Indian journal of veterinary science and animal husbandry - Volume 13,
Year: 1943
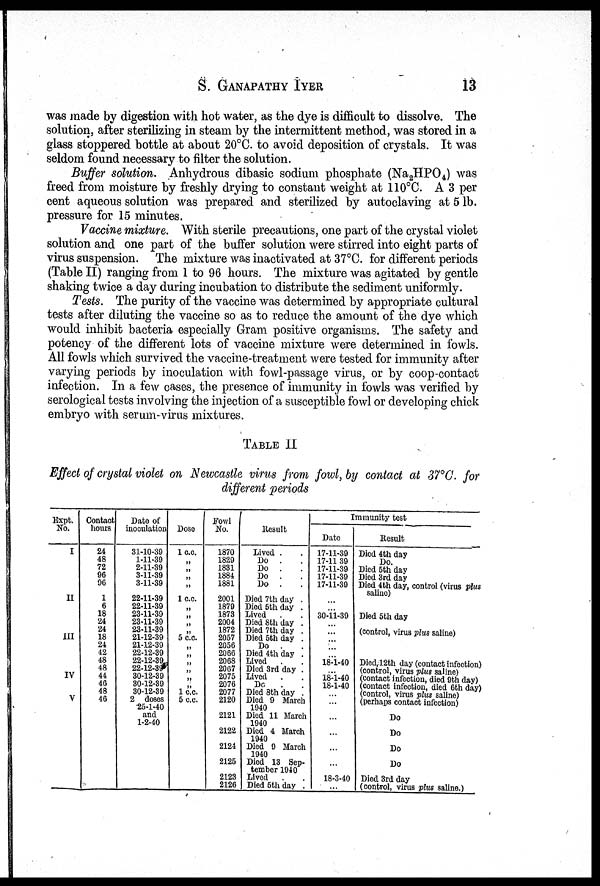
S.
GANAPATHY
IYER
13
was made by digestion with hot water, as the dye is difficult to dissolve. The
solution, after sterilizing in steam by the intermittent method, was stored in a
glass stoppered bottle at about 20°C. to avoid deposition of crystals. It was
seldom found necessary to filter the solution.
Buffer solution. Anhydrous dibasic sodium phosphate (Na 2 HPO 4 ) was
freed from moisture by freshly drying to constant weight at 110°C. A 3 per
cent aqueous solution was prepared and sterilized by autoclaving at 5 lb.
pressure for 15 minutes.
Vaccine mixture. With sterile precautions, one part of the crystal violet
solution and one part of the buffer solution were stirred into eight parts of
virus suspension. The mixture was inactivated at 37°C. for different periods
(Table II) ranging from 1 to 96 hours. The mixture was agitated by gentle
shaking twice a day during incubation to distribute the sediment uniformly.
Tests. The purity of the vaccine was determined by appropriate cultural
tests after diluting the vaccine so as to reduce the amount of the dye which
would inhibit bacteria especially Gram positive organisms. The safety and
potency of the different lots of vaccine mixture were determined in fowls.
All fowls which survived the vaccine-treatment were tested for immunity after
varying periods by inoculation with fowl-passage virus, or by coop-contact
infection. In a few cases, the presence of immunity in fowls was verified by
serological tests involving the injection of a susceptible fowl or developing chick
embryo with serum-virus mixtures.
TABLE II
Effect of crystal violet on Newcastle virus from fowl, by contact at 37°C. for
different periods
Expt
No.
I
II
III
IV
V
Contact
hours
24
48
72
96
96
1
6
18
24
24
18
24
42
48
48
44
46
48
46
Date of
inoculation
31-10-39
1-11-39
2-11-39
3-11-39
3-11-39
22-11-39
22-11-39
23-11-39
23-11-39
23-11-39
21-12-39
21-12-39
22-12-39
22-12-39
22-12-39
30-12-39
30-12-39
30-12-39
2 doses
25-1-40
and
1-2-40
Dose
1 c.c.
„ „
„
„
1 c.c.
„ „
„
„ 5 c.c.
„ „
„
„ „
„
1 c.c.
5 c.c.
Fowl
No.
1870
1829
1831
1884
1881
2001
1879
1873
2004
1872
2057
2056
2066
2068
2067
2075
2076
2077
2120
2121
2122
2124
2125
2123
2126
Result
Lived . .
Do . .
Do . .
Do . .
Do . .
Died 7th day .
Died 5th day .
Lived . .
Died 8th day .
Died 7th day .
Died 5th day .
Do . .
Died 4th day .
Lived . .
Died 3rd day .
Lived . .
Do . .
Died 3th day .
Died 9 March
1940
Died 11 March
1940
Died 4 March
1940
Died 9 March
1940
Died 13 Sep¬
tember 1940
Lived .
Died 5th day .
Immunity test
Date
17-11-39
17-11 39
17-11-39
17-11-39
17-11-39
...
... 30-11-39
... ...
... ...
... 18-1-40
... 18-1-40
18-1-40
...
...
...
...
...
...
18-3-40
...
Result
Died 4th day
Do.
Died 5th day
Died 3rd day
Died 4th day, control (virus plus
saline)
Died 5th day
(control, virus plus saline)
Died, 12th day (contact infection)
(control, virus plus saline)
(contact infection, died 9th day)
(contact infection, died 6th day)
(control, virus plus saline)
(perhaps contact infection)
Do
Do
Do
Do
Died 3rd day
(control, virus plus saline.)